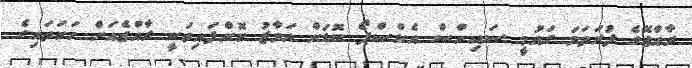
ރާއްޖޭގެ ފުރަތަމަ ގައުމީ ސައިންސް އެކްސްޕޯ ބޮޑަށް އަމާޒު ކޮށްފައިވަނީ ރާއްޖެއަށް ހަކަތައިގެ